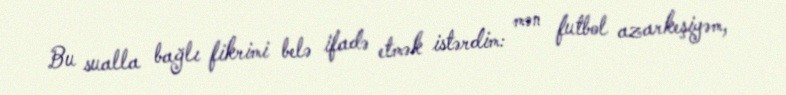
Bu sualla bağlı fikrimi belə ifadə etmək istərdim: mən futbol azarkeşiyəm,